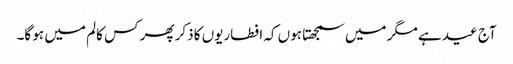
آج عید ہے مگر میں سمجھتا ہوں کہ افطاریوں کا ذکر پھر کس کالم میں ہو گا۔